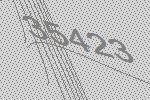
35423